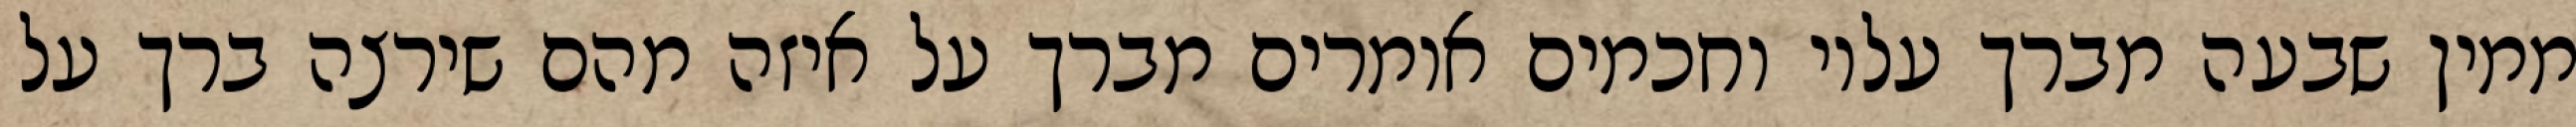
ממין שבעה מברך עליו וחכמים אומרים מברך על איזה מהם שירצה ברך על